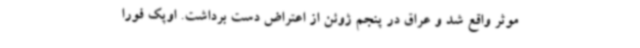
موثر واقع شد و عراق در پنجم ژوئن از اعتراض دست برداشت. اوپک فورا